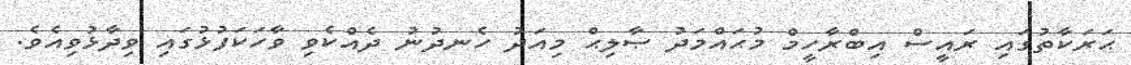
ޙަރަކާތުގައި ރައީސް އިބްރާހީމް މުޙައްމަދު ޞާލިޙް މިއަދު ހެނދުނު ދެއްކެވި ވާހަކަފުޅުގައި ވިދާޅުވިއެވެ.